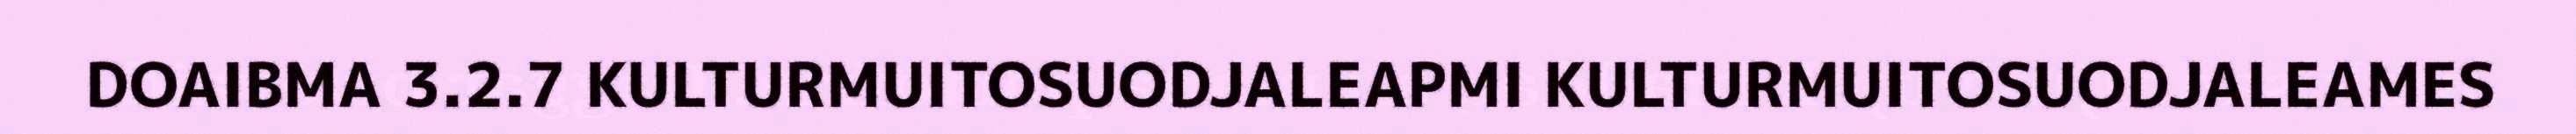
DOAIBMA 3.2.7 KULTURMUITOSUODJALEAPMI KULTURMUITOSUODJALEAMES